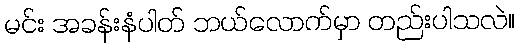
မင်း အခန်းနံပါတ် ဘယ်လောက်မှာ တည်းပါသလဲ။